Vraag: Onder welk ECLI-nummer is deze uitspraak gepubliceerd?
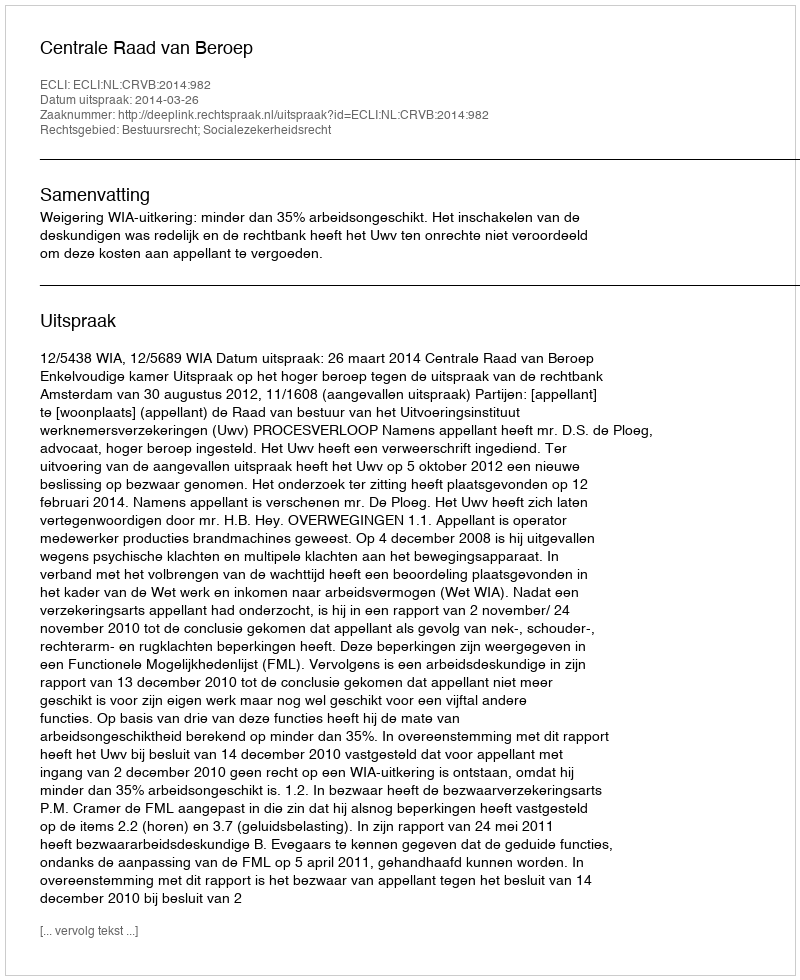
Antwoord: ECLI:NL:CRVB:2014:982